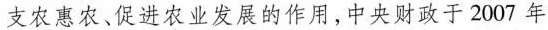
支农惠农、促进农业发展的作用，中央财政于2007年